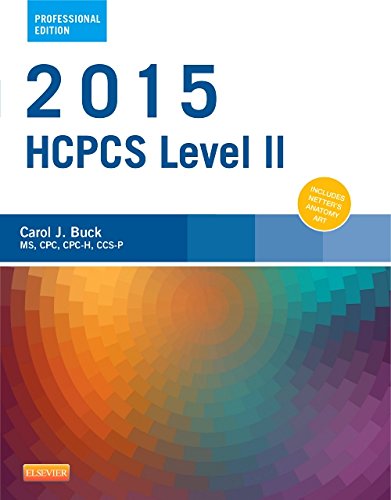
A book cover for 2015 HCPCS Level II Professional Edition, 1e (Hcpcs Level II (American Medical Assn)); Carol J. Buck MS  CPC  CCS-P; Medical Books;